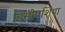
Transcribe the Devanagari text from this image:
डिस्पेपशिया